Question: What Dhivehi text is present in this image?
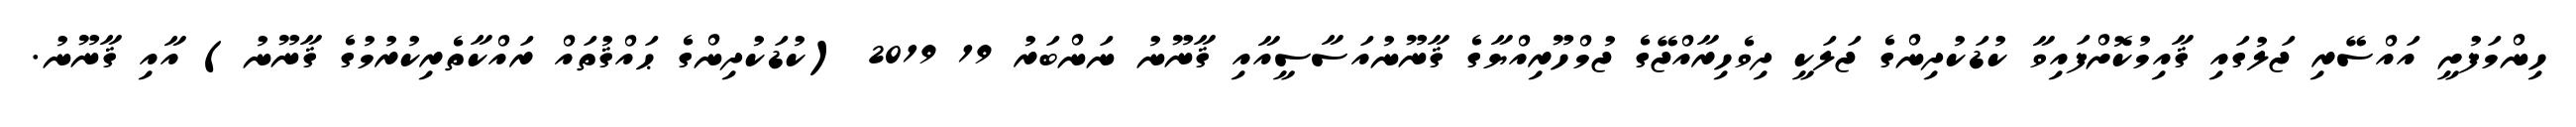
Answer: ހިންމަފުށީ އައްސޭރި ޖަލުގައި ޤާއިމުކޮށްފައިވާ ކުޑަކުދިންގެ ޖަލަކީ ދިވެހިރާއްޖޭގެ ޖުމްހޫރިއްޔާގެ ޤާނޫނުއަސާސީއާއި ޤާނޫނު ނަންބަރު 19 2019 (ކުޑަކުދިންގެ ޙައްޤުތައް ރައްކާތެރިކުރުމުގެ ޤާނޫނު) އާއި ޤާނޫނު.